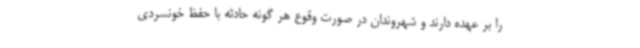
را بر عهده دارند و شهروندان در صورت وقوع هر گونه حادثه با حفظ خونسردی